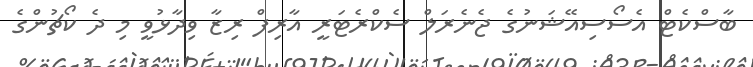
ބާސްކެޓް އެސޯސިއޭޝަނުގެ ޖެނެރަލް ސެކްރެޓަރީ އާރިފް ރިޒާ ވިދާޅުވީ މި ދެ ކޯޗުންގެ